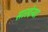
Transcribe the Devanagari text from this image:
सारदेन्या